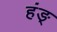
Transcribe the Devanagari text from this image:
हंङ्